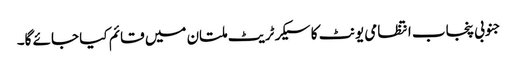
جنوبی پنجاب انتظامی یونٹ کا سیکرٹریٹ ملتان میں قائم کیا جائے گا۔